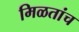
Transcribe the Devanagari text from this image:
मिळतांच